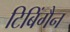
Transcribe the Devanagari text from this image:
टिबिंगैन